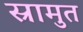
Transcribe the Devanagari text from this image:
स्रामुत